Leaving Certificate Examination (including Day School Certificate (Higher) General paper), 1931
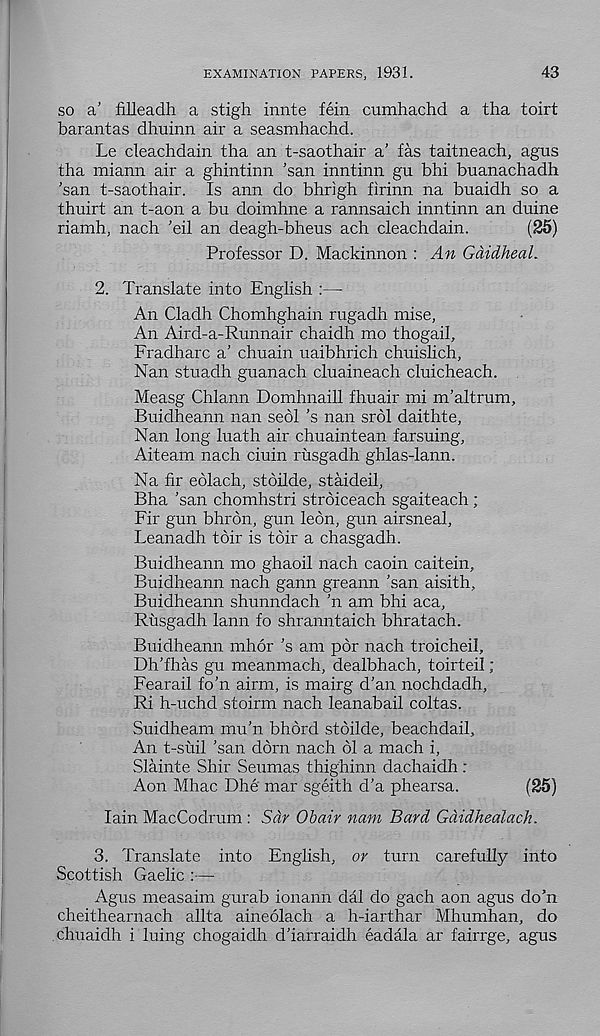
EXAMINATION PAPERS, 1931.
43
so a’ filleadh a stigh innte fein cumhachd a tha toirt
barantas dhuinn air a seasmhachd.
Le cleachdain tha an t-saothair a’ fas taitneach, agus
tha miann air a ghintinn \san inntinn gu bhi buanachadh
'san t-saothair. Is ann do bhrigh firinn na buaidh so a
thuirt an t-aon a bn doimhne a rannsaich inntinn an duine
riamh, nach ’eil an deagh-bheus ach cleachdain.
(25)
Professor D. Mackinnon : An Gdidheal.
2. Translate into English :—
An Cladh Chomhghain rugadh mise,
An Aird-a-Runnair chaidh mo thogail,
Fradharc a’ chuain uaibhrich chuislich.
Nan stuadh guanach cluaineach cluicheach.
Measg Chlann Domhnaill fhuair mi m’altrum,
Buidheann nan seol’s nan srol daithte,
Nan long luath air chuaintean farsuing,
Aiteam nach ciuin rusgadh ghlas-lann.
Na fir eolach, stbilde, staideil,
Bha ’san chomhstri stroiceach sgaiteach ;
Fir gun bhron, gun leon, gun airsneal,
Leanadh toir is toir a chasgadh.
Buidheann mo ghaoil nach caoin caitein,
Buidheann nach gann greann ’san aisith,
Buidheann shunndach ’n am bhi aca,
Rusgadh lann fo shranntaich bhratach.
Buidheann mhor’s am pdr nach troicheil,
Dh’fhas gu meanmach, dealbhach, toirteil;
Fearail fo’n airm, is mairg d’an nochdadh,
Ri h-uchd stoirm nach leanabail coltas.
Suidhearn mu’n bhord stoilde, beachdail.
An t-suil ’san dbrn nach 61 a mach i,
Slainte Shir Seumas thighinn dachaidh :
Aon Mhac Dhe mar sgeith d’a phearsa.
(25)
Iain MacCodrum : Sar Obair nam Bard Gdidhealach.
3. Translate into English, or turn carefully into
Scottish Gaelic :—
Agus measaim gurab ionann dal do gach aon agus do’n
cheithearnach allta aineolach a h-iarthar Mhumhan, do
chuaidh i luing chogaidh d’iarraidh eadala ar fairrge, agus